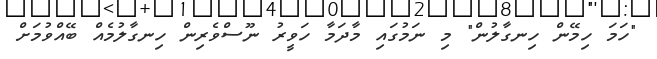
"ހަމަ ހިމޭން ހިނގާލުން" މި ނަމުގައި މާދަމާ ހަވީރު ނޫސްވެރިން ހިނގާލުމެއް ބޭއްވުމަށް